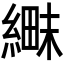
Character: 𬗱